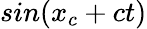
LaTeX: sin(x_{c}+ct)